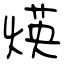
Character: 煐